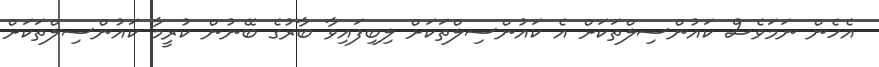
އެހެން ނަމަވެސް ކައުންސިލްތަކަށް އެ ކައުންސިލްތަކަށް ލިބިފައިވާ ބާރުގެ ބޭނުން ކުރީމާ ކައުންސިލްތަކަށް